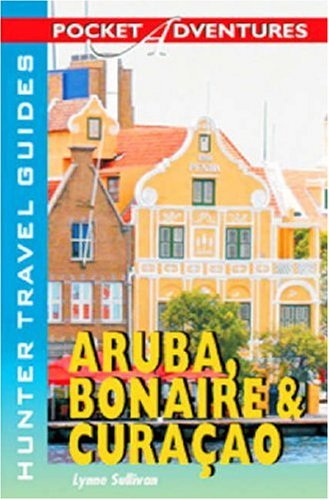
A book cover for Pocket Adventures Aruba, Bonaire & Curacao (Pocket Adventures) (Pocket Adventures) (Adventure Guide to Aruba, Bonaire & Curacao (Pocket)); Lynne Sullivan; Travel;